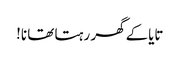
تایاکے گھر رہتا تھا نا!